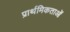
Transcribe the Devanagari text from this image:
प्रार्थमिकताओं